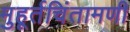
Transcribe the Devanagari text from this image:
मुहूर्तचिंतामणी